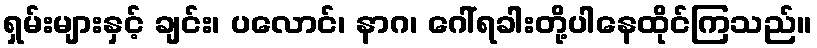
ရှမ်းများနှင့် ချင်း၊ ပလောင်၊ နာဂ၊ ဂေါ်ရခါးတို့ပါနေထိုင်ကြသည်။